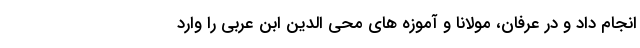
انجام داد و در عرفان، مولانا و آموزه های محی الدین ابن عربی را وارد